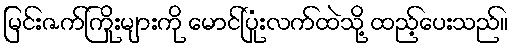
မြင်းဇက်ကြိုးများကို မောင်ပြုံးလက်ထဲသို့ ထည့်ပေးသည်။